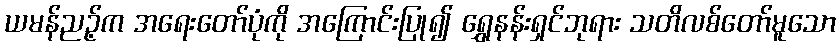
ယမန်ညဉ့်က အရေးတော်ပုံကို အကြောင်းပြု၍ ရွှေနန်းရှင်ဘုရား သတိလစ်တော်မူသော